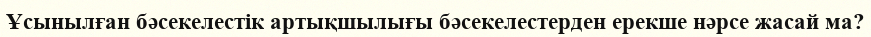
Ұсынылған бәсекелестік артықшылығы бәсекелестерден ерекше нәрсе жасай ма?